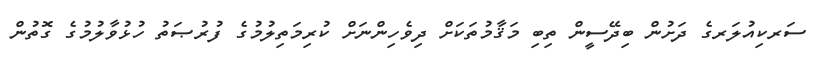
ސަރކިއުލަރގެ ދަށުން ބިދޭސީން ތިބި މަޤާމުތަކަށް ދިވެހިންނަށް ކުރިމަތިލުމުގެ ފުރުޞަތު ހުޅުވާލުމުގެ ގޮތުން